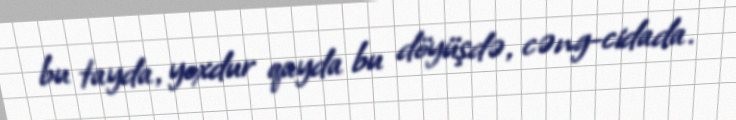
bu tayda, yoxdur qayda bu döyüşdə, cəng-cidada.